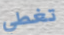
تغطي